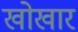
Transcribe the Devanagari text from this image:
खोखार